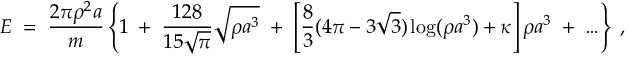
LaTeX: { \cal E } \; = \; { \frac { 2 \pi \rho ^ { 2 } a } { m } } \left\{ 1 \; + \; { \frac { 1 2 8 } { 1 5 \sqrt { \pi } } } \sqrt { \rho a ^ { 3 } } \; + \; \left[ { \frac { 8 } { 3 } } ( 4 \pi - 3 \sqrt { 3 } ) \log ( \rho a ^ { 3 } ) + \kappa \right] \rho a ^ { 3 } \; + \; \ldots \right\} \; ,